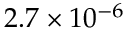
2 . 7 \times 1 0 ^ { - 6 }